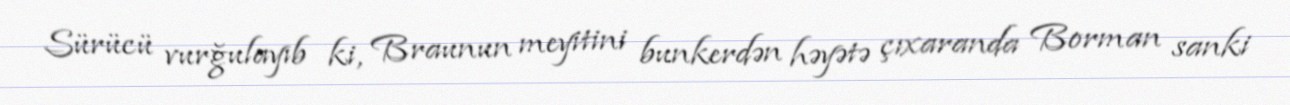
Sürücü vurğulayıb ki, Braunun meyitini bunkerdən həyətə çıxaranda Borman sanki